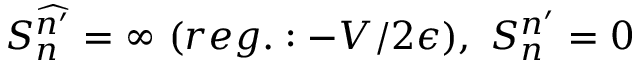
S _ { n } ^ { \widehat { n ^ { \prime } } } = \infty \ ( r e g . : - V / 2 \epsilon ) , \ S _ { n } ^ { n ^ { \prime } } = 0